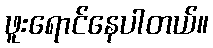
ဖူးရောင်နေပါတယ်။